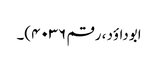
ابوداؤد ، رقم ۴۰۳۶)۔